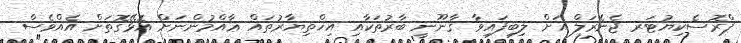
ޕްރޮސެކިޔުޓަރ ޖެނެރަލް އަށް ލިބިފައިވާ ޤާނޫނީ ބާރުތަކާއި އިޚްތިޔާރުތައް ޢާއްމުންނަށް އޮޅޭގޮތަށް އެއްވެސް